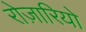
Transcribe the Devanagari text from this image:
रोज़ारियो